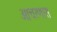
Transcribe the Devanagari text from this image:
आचरणास